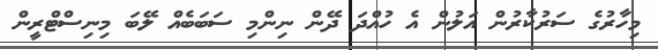
މިހާރުގެ ސަރުކާރުން އަލުން އެ ހުއްދަ ދޭން ނިންމި ސަބަބެއް ލޭބަ މިނިސްޓްރީން